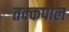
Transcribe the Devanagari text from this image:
तक्कपाल